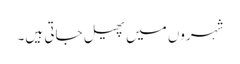
شہروں میں پھیل جاتی ہیں۔